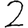
Digit: 2